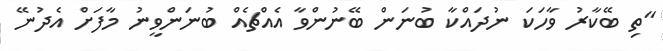
"ތި ބޭކާރު ވާހަކަ ނުދައްކާ ބުނަން ބޭނުންވާ އެއްޗެއް ބުނަންވީނު މާފަށް އެދުނޭ